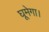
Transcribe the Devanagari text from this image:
घूमेगा।